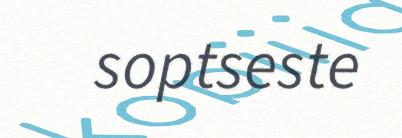
soptseste